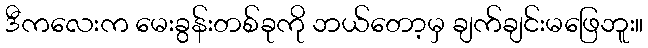
ဒီကလေးက မေးခွန်းတစ်ခုကို ဘယ်တော့မှ ချက်ချင်းမဖြေဘူး။